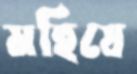
মহিষে